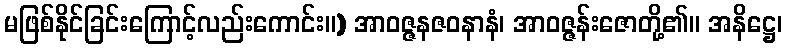
မဖြစ်နိုင်ခြင်းကြောင့်လည်းကောင်း။) အာဝဇ္ဇနဇဝနာနံ၊ အာဝဇ္ဇန်းဇောတို့၏။ အနိဋ္ဌေ၊